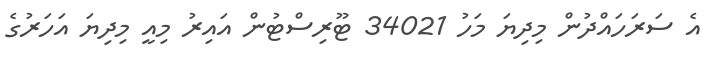
އެ ސަރަހައްދުން މިދިޔަ މަހު 34021 ޓޫރިސްޓުން އައިރު މިއީ މިދިޔަ އަހަރުގެ